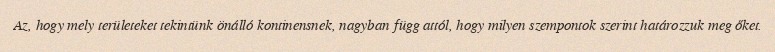
Az, hogy mely területeket tekintünk önálló kontinensnek, nagyban függ attól, hogy milyen szempontok szerint határozzuk meg őket.